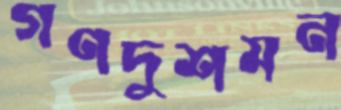
গণদুশমন